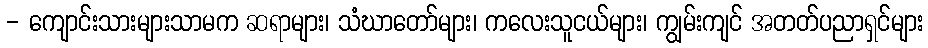
- ကျောင်းသားများသာမက ဆရာများ၊ သံဃာတော်များ၊ ကလေးသူငယ်များ၊ ကျွမ်းကျင် အတတ်ပညာရှင်များ